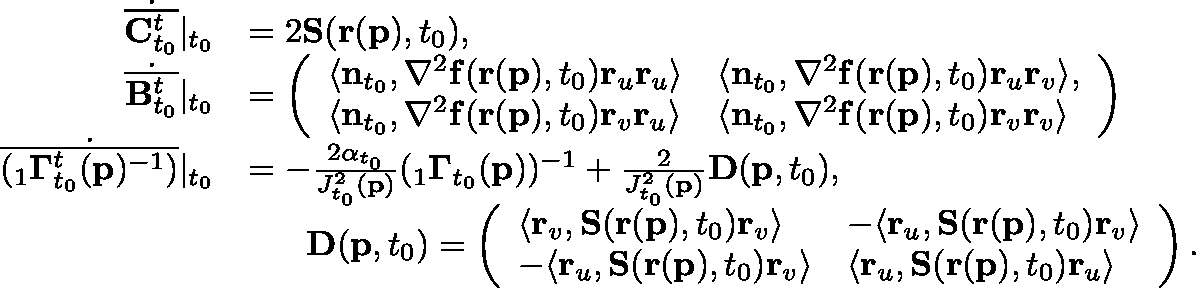
\begin{array} { r l } { \dot { \overline { { \mathbf { C } _ { t _ { 0 } } ^ { t } } } } \vert _ { t _ { 0 } } } & { = 2 \mathbf { S } ( \mathbf { r } ( \mathbf { p } ) , t _ { 0 } ) , } \\ { \dot { \overline { { \mathbf { B } _ { t _ { 0 } } ^ { t } } } } \vert _ { t _ { 0 } } } & { = \left( \begin{array} { l l } { \langle \mathbf { n } _ { t _ { 0 } } , \nabla ^ { 2 } \mathbf { f } ( \mathbf { r } ( \mathbf { p } ) , t _ { 0 } ) \mathbf { r } _ { u } \mathbf { r } _ { u } \rangle } & { \langle \mathbf { n } _ { t _ { 0 } } , \nabla ^ { 2 } \mathbf { f } ( \mathbf { r } ( \mathbf { p } ) , t _ { 0 } ) \mathbf { r } _ { u } \mathbf { r } _ { v } \rangle , } \\ { \langle \mathbf { n } _ { t _ { 0 } } , \nabla ^ { 2 } \mathbf { f } ( \mathbf { r } ( \mathbf { p } ) , t _ { 0 } ) \mathbf { r } _ { v } \mathbf { r } _ { u } \rangle } & { \langle \mathbf { n } _ { t _ { 0 } } , \nabla ^ { 2 } \mathbf { f } ( \mathbf { r } ( \mathbf { p } ) , t _ { 0 } ) \mathbf { r } _ { v } \mathbf { r } _ { v } \rangle } \end{array} \right) } \\ { \dot { \overline { { ( _ { 1 } \mathbf { \Gamma } _ { t _ { 0 } } ^ { t } ( \mathbf { p } ) ^ { - 1 } ) } } } \vert _ { t _ { 0 } } } & { = - \frac { 2 \alpha _ { t _ { 0 } } } { J _ { t _ { 0 } } ^ { 2 } ( \mathbf { p } ) } ( _ { 1 } \mathbf { \Gamma } _ { t _ { 0 } } ( \mathbf { p } ) ) ^ { - 1 } + \frac { 2 } { J _ { t _ { 0 } } ^ { 2 } ( \mathbf { p } ) } \mathbf { D } ( \mathbf { p } , t _ { 0 } ) , } \\ & { \mathrm { ~ \quad ~ } \mathbf { D } ( \mathbf { p } , t _ { 0 } ) = \left( \begin{array} { l l } { \langle \mathbf { r } _ { v } , \mathbf { S } ( \mathbf { r } ( \mathbf { p } ) , t _ { 0 } ) \mathbf { r } _ { v } \rangle } & { - \langle \mathbf { r } _ { u } , \mathbf { S } ( \mathbf { r } ( \mathbf { p } ) , t _ { 0 } ) \mathbf { r } _ { v } \rangle } \\ { - \langle \mathbf { r } _ { u } , \mathbf { S } ( \mathbf { r } ( \mathbf { p } ) , t _ { 0 } ) \mathbf { r } _ { v } \rangle } & { \langle \mathbf { r } _ { u } , \mathbf { S } ( \mathbf { r } ( \mathbf { p } ) , t _ { 0 } ) \mathbf { r } _ { u } \rangle } \end{array} \right) . } \end{array}